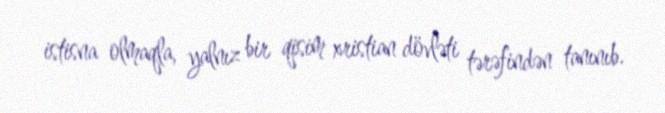
istisna olmaqla, yalnız bir qisim xristian dövləti tərəfindən tanınıb.